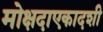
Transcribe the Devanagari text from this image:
मोक्षदाएकादशी